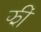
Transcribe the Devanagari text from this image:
झीं